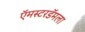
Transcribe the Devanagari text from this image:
ऍमस्टरडॅमला